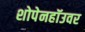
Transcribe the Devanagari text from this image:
शोपेनहॉउवर